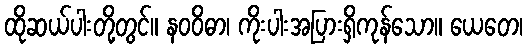
ထိုဆယ်ပါးတို့တွင်။ နဝဝိဓာ၊ ကိုးပါးအပြားရှိကုန်သော။ ယေတေ၊